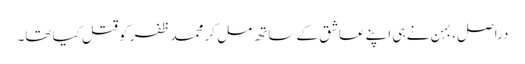
دراصل، بہن نے ہی اپنے عاشق کے ساتھ مل کر محمد ظفر کو قتل کیا تھا۔